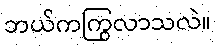
ဘယ်ကကြွလာသလဲ။